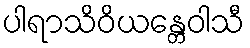
ပါရာသိဝိယန္တေဝါသီ